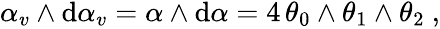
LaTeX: \begin{array}{r}{\alpha_{v}\wedge\mathrm{d}\alpha_{v}=\alpha\wedge\mathrm{d}\alpha=4\, \theta_{0}\wedge\theta_{1}\wedge\theta_{2}\ ,}\end{array}